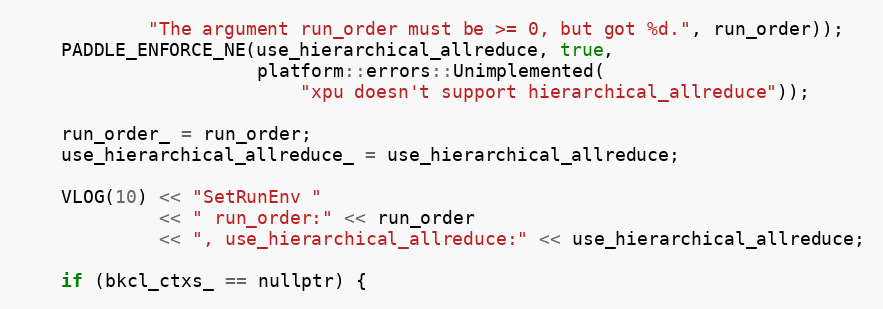
Language: C
            "The argument run_order must be >= 0, but got %d.", run_order));
    PADDLE_ENFORCE_NE(use_hierarchical_allreduce, true,
                      platform::errors::Unimplemented(
                          "xpu doesn't support hierarchical_allreduce"));

    run_order_ = run_order;
    use_hierarchical_allreduce_ = use_hierarchical_allreduce;

    VLOG(10) << "SetRunEnv "
             << " run_order:" << run_order
             << ", use_hierarchical_allreduce:" << use_hierarchical_allreduce;

    if (bkcl_ctxs_ == nullptr) {